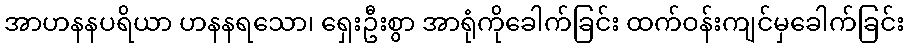
အာဟနနပရိယာ ဟနနရသော၊ ရှေးဦးစွာ အာရုံကိုခေါက်ခြင်း ထက်ဝန်းကျင်မှခေါက်ခြင်း